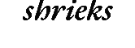
shrieks